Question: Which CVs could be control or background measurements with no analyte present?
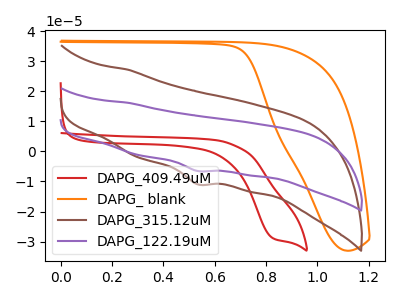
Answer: <think>The red curve "DAPG_409.49uM" has a cathodic peak at: (0.80V, -28.70uA). The orange curve "DAPG_ blank" has no peaks. The brown curve "DAPG_315.12uM" has a cathodic peak at: (0.55V, -10.95uA). The purple curve "DAPG_122.19uM" has a cathodic peak at: (0.55V, -6.50uA).</think>
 <answer>"DAPG_ blank" is likely to be a blank.</answer>
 <eval>DAPG_ blank</eval>